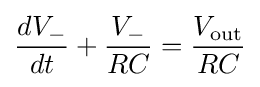
{\frac {dV_{-}}{dt}}+{\frac {V_{-}}{RC}}={\frac {V_{\rm {out}}}{RC}}